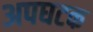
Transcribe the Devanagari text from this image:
अपघटक